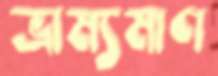
ভ্রাম্যমাণ